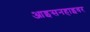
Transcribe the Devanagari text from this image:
आइसनहाइवर